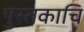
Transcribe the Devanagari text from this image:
पुस्तकाचि